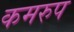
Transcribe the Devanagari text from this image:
कमरुप